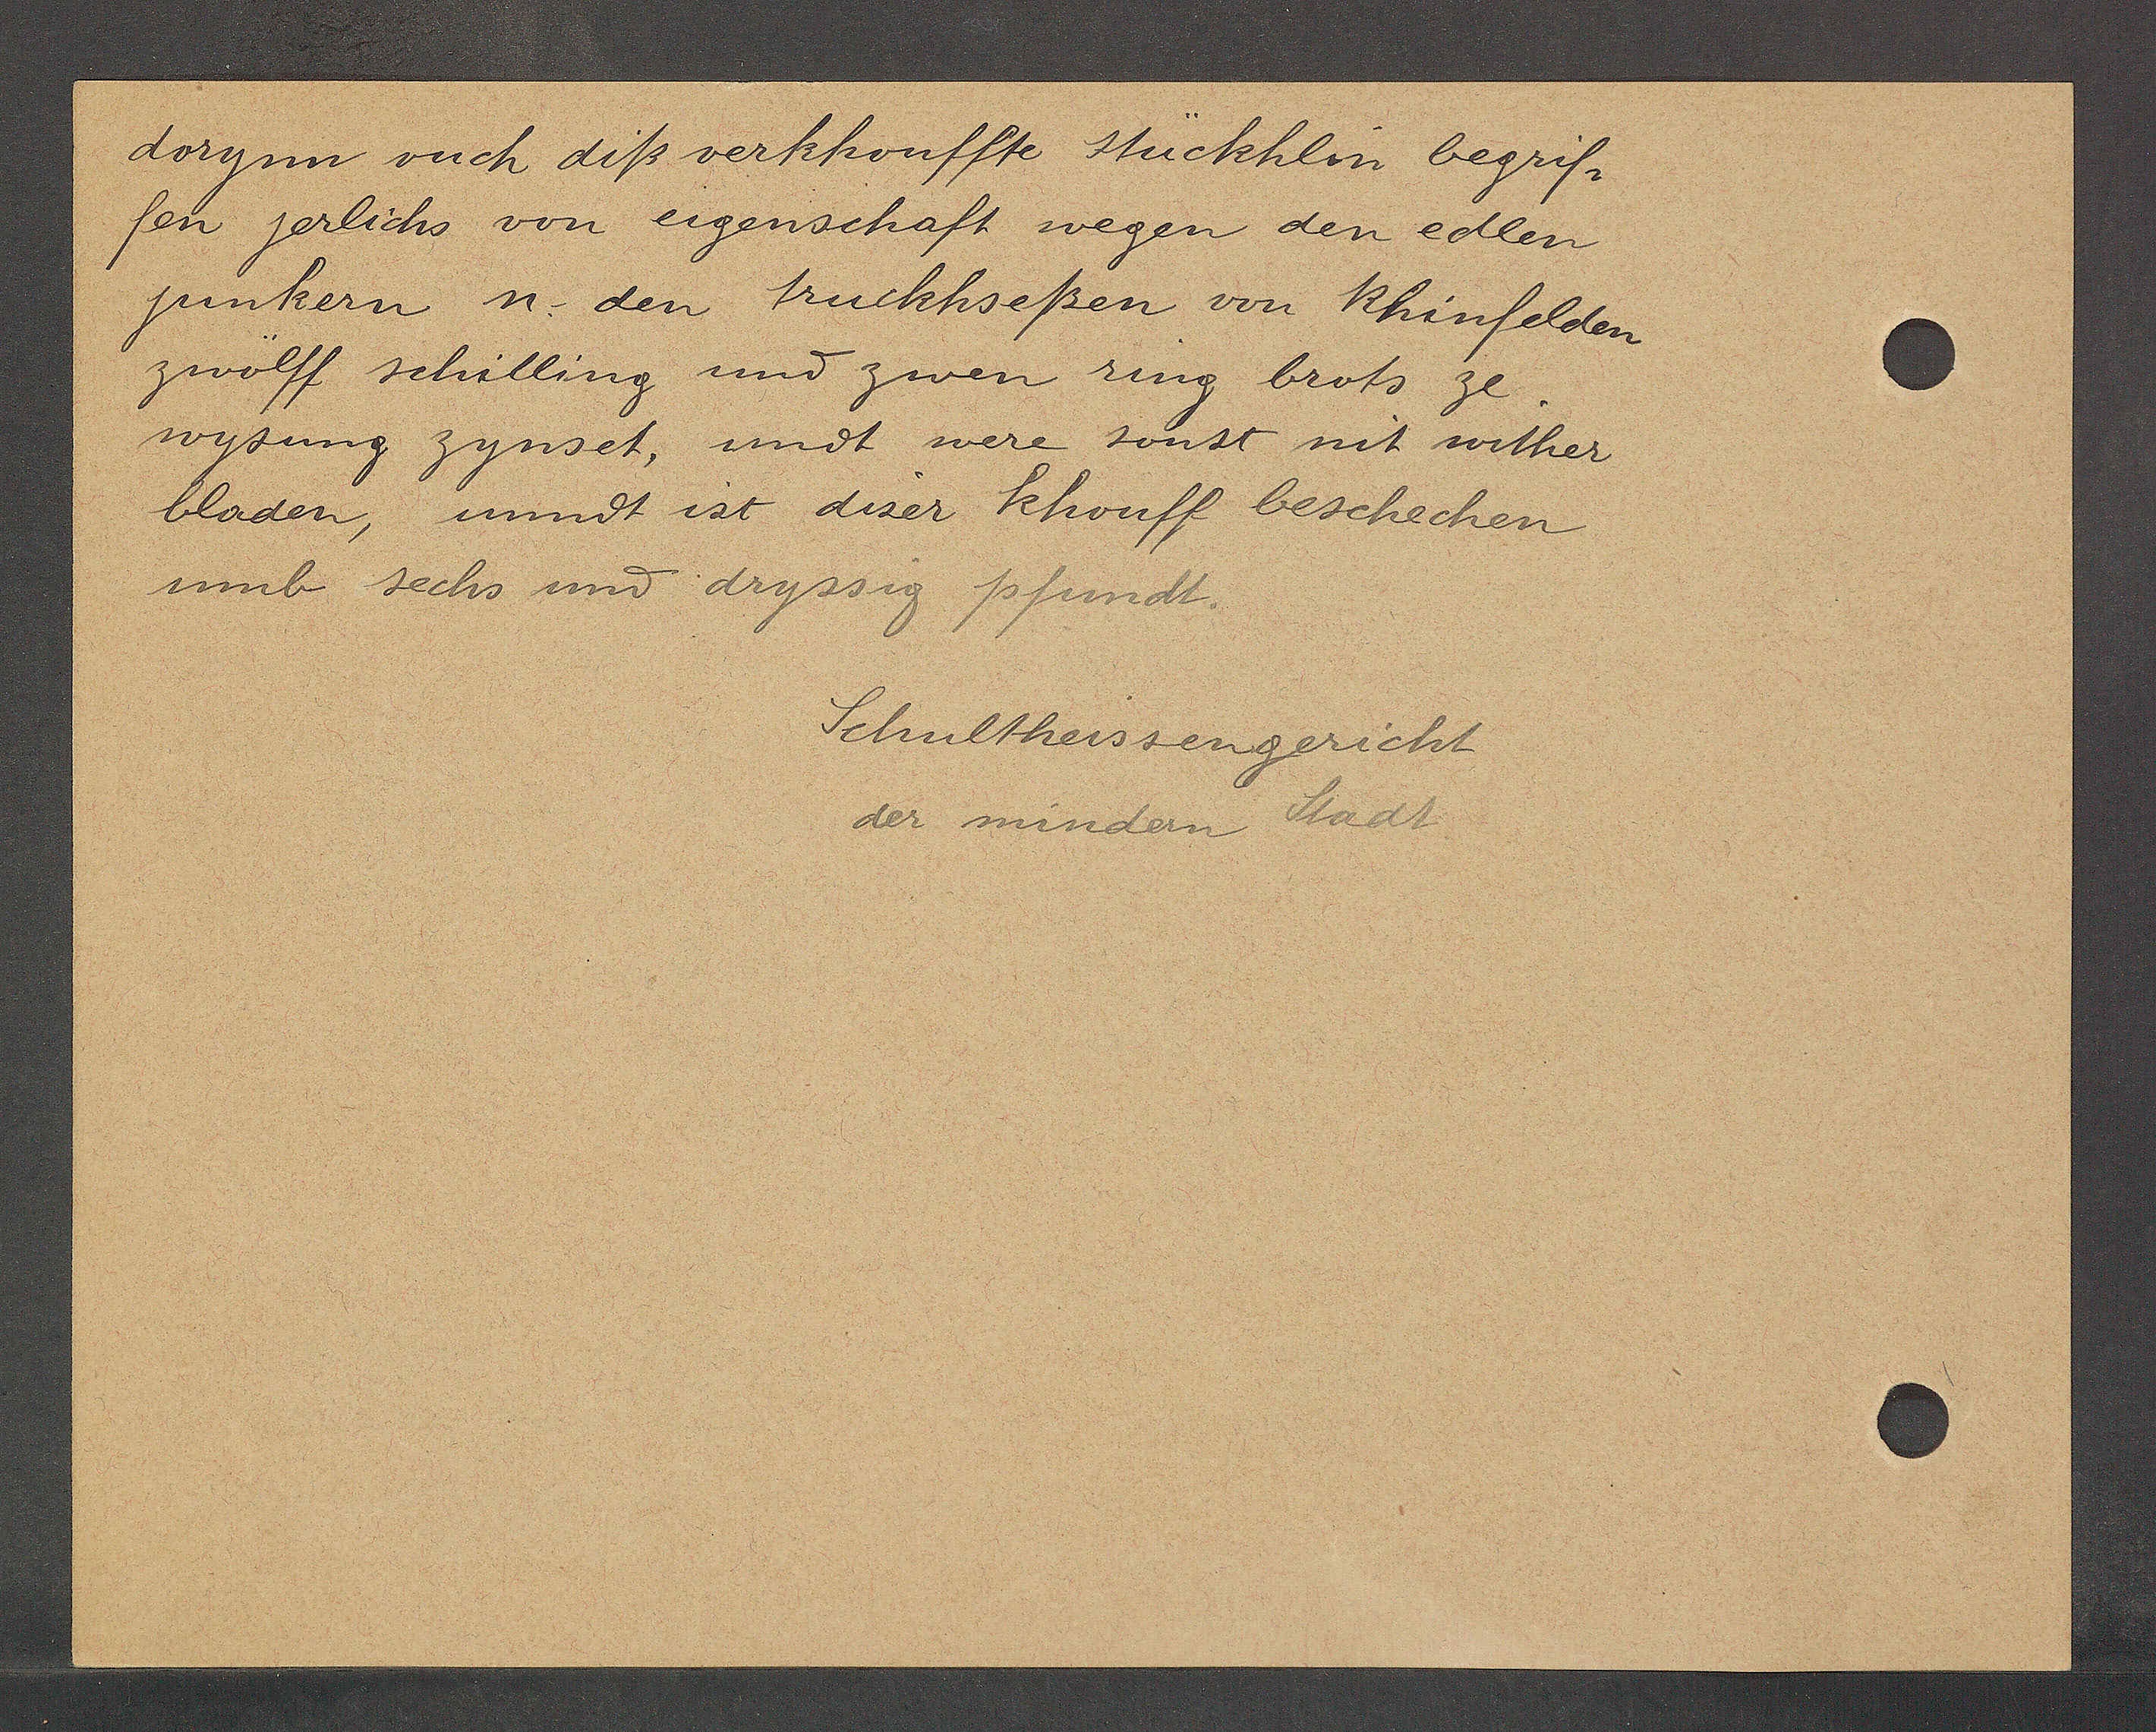
Transcript:
dorynn vuch diß verkkouffte stückhlin begrif¬
fen jerlichs von eigenschaft wegen den edlen
junkern n. den truckhseßen von Rhinfelden
zwölff schilling und zwen ring brots ze.
wysung zynset, undt were sonst mit wither
bladen, unndt ist diser khouff beschechen
umb sechs und dryssig pfundt.

Schultheissengericht
der mindern Stadt